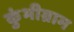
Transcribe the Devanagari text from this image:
कुंभीग्राम